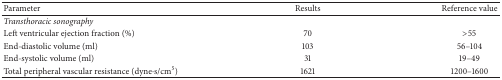
<table><thead><tr><td><b>Parameter</b></td><td><b>Results</b></td><td><b>Reference value</b></td></tr></thead><tbody><tr><td><i>Transthoracic sonography</i></td><td> </td><td> </td></tr><tr><td>Left ventricular ejection fraction (%)</td><td>70</td><td>&gt;55</td></tr><tr><td>End-diastolic volume (ml)</td><td>103</td><td>56–104</td></tr><tr><td>End-systolic volume (ml)</td><td>31</td><td>19–49</td></tr><tr><td>Total peripheral vascular resistance (dyne·s/cm<sup>5</sup>)</td><td>1621</td><td>1200–1600</td></tr></tbody></table>